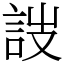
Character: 詜